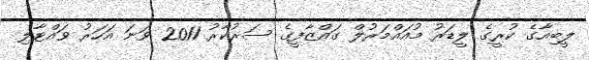
ލީބިއާގެ ކުރީގެ ލީޑަރު މުއައްމަރުލް ގައްޒާފީގެ ސަރުކާރު 2011 ވަނަ އަހަރު ވައްޓާލި